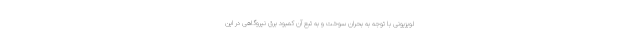
لویزیونی با توجه به بحران سوخت و به تبع آن کمبود برق نیروگاهی در این